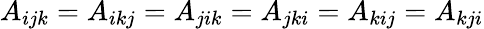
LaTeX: A_{ijk}=A_{ikj}=A_{jik}=A_{jki}=A_{kij}=A_{kji}